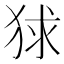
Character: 𤞰